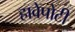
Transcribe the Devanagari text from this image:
हावेपोटी